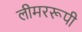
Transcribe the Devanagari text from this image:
लीमररूपी